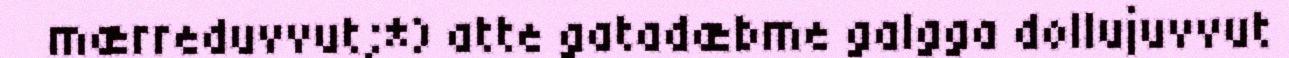
mærreduvvut;*) atte gatadæbme galgga dollujuvvut